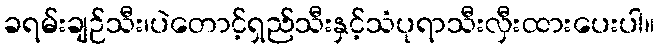
ခရမ်းချဉ်သီး၊ပဲတောင့်ရှည်သီးနှင့်သံပုရာသီးလှီးထားပေးပါ။